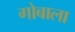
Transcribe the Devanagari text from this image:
गोबाला